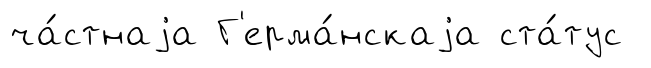
ча́стнаjа Г'ерма́нскаjа ста́тус